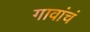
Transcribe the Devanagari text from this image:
गावांचं